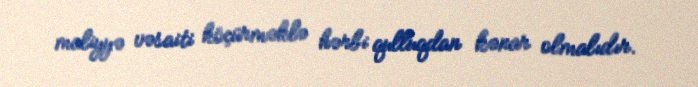
maliyyə vəsaiti köçürməklə hərbi qulluqdan kənar olmalıdır.